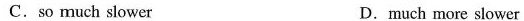
C.so much slower D.much more slower